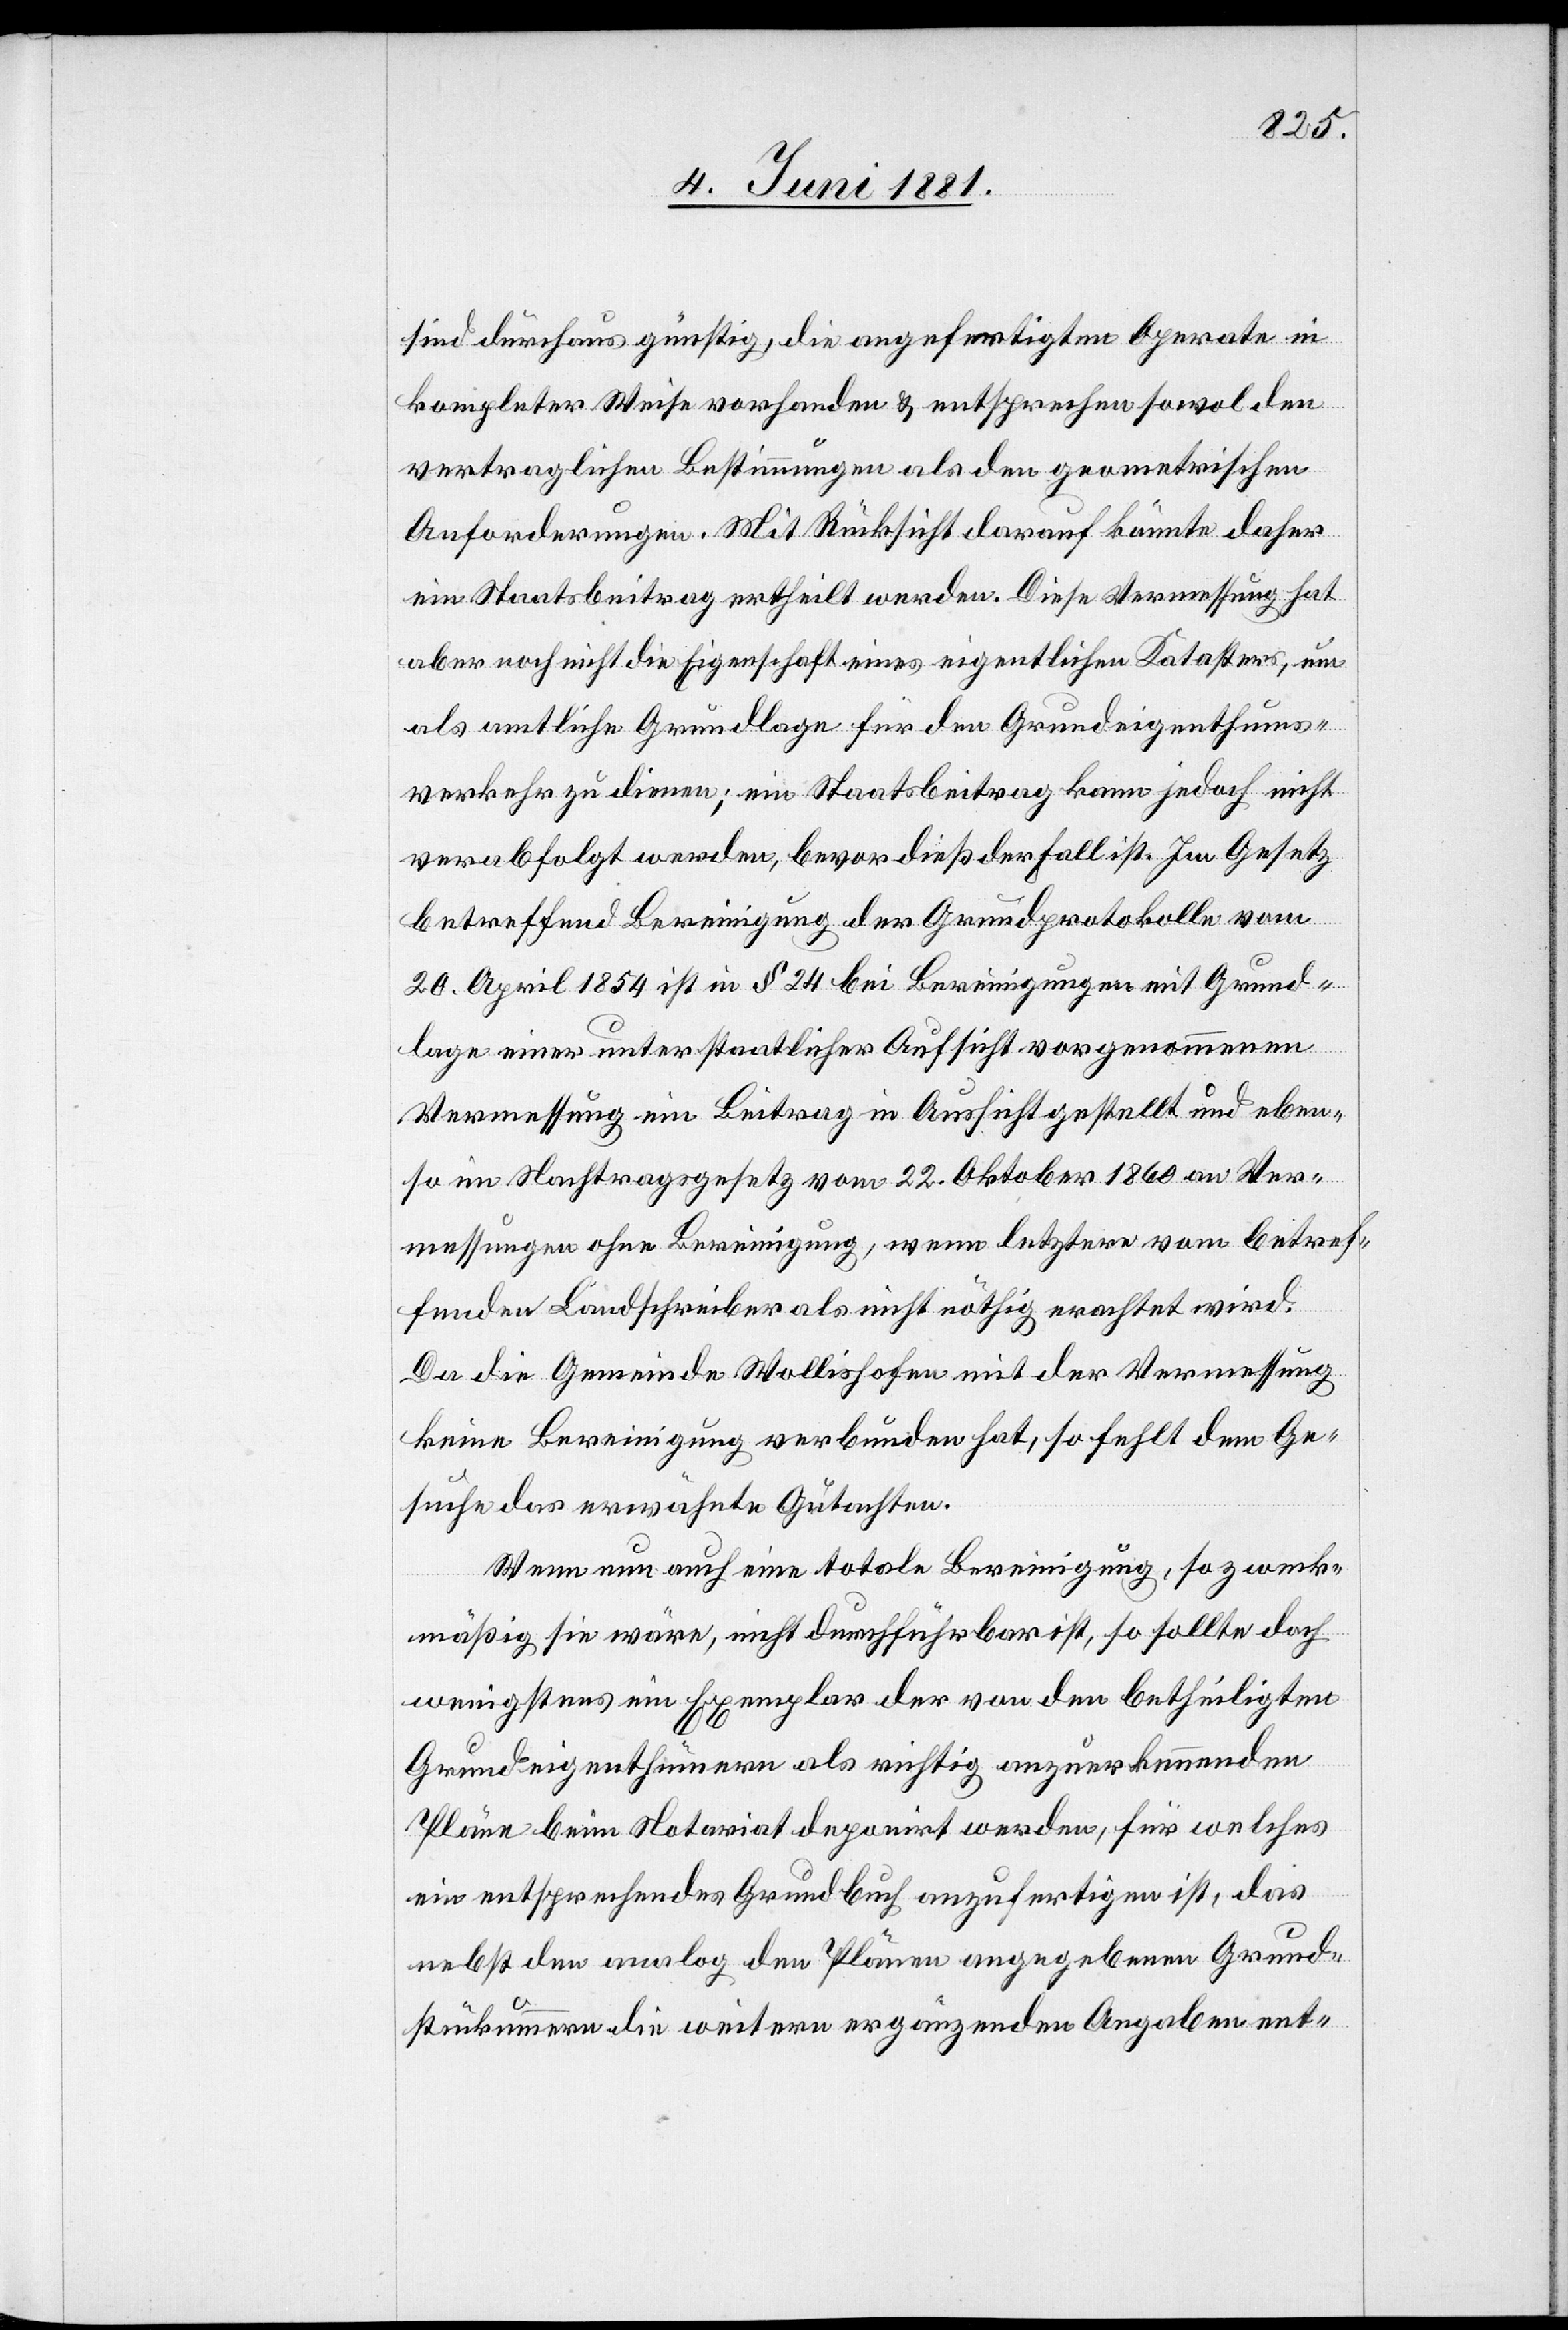
sind durchaus günstig, die angefertigten Aparate in
kompleter Weise vorhanden & entsprechen sowol den
vertraglichen Bestimmungen als den geometrischen
Anforderungen. Mit Rücksicht darauf könnte daher
ein Staatsbeitrag ertheilt werden. Diese Vermessung hat
aber noch nicht die Eigenschaft eines eigentlichen Katasters, um
als amtliche Grundlage für den Grundeigenthums¬
verkehr zu dienen; ein Staatsbeitrag kann jedoch nicht
verabfolgt werden, bevor dieß der Fall ist. Im Gesetze
betreffend Bereinigung der Grundprotokolle vom
20. April 1854 ist in § 24 bei Bereinigungen mit Grund¬
lage einer unterstaatlicher Aufsicht vorgenommenen
Vermessung ein Beitrag in Aussicht gestellt und eben¬
so im Nachtragsgesetz vom 22. Oktober 1860 an Ver¬
messungen ohne Bereinigung, wenn letztere vom betref¬
fenden Landschreiber als nicht nöthig erachtet wird.
Da die Gemeinde Wollishofen mit der Vermessung
keine Bereinigung verbunden hat, so fehlt dem Ge¬
suche das erwähnte Gutachten.
Wenn nun auch eine totale Bereinigung, so zweck¬
mäßig sie wäre, nicht durchführbar ist, so sollte doch
wenigstens ein Exemplar der von den betheiligten
Grundeigenthümern als richtig anzuerkennenden
Pläne beim Notariat deponirt werden, für welches
ein entsprechendes Grundbuch auszufertigen ist, das
nebst den analog den Plänen angegebenen Grund¬
stück[n]ummern die weitern ergänzenden Angaben ent-